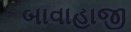
બાવાહાજી